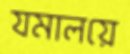
যমালয়ে